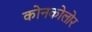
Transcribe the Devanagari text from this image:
कोनकोलोर